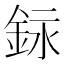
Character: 銢